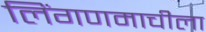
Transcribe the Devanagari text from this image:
लिंगणमाचीला